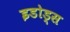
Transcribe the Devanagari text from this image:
इडोड्स